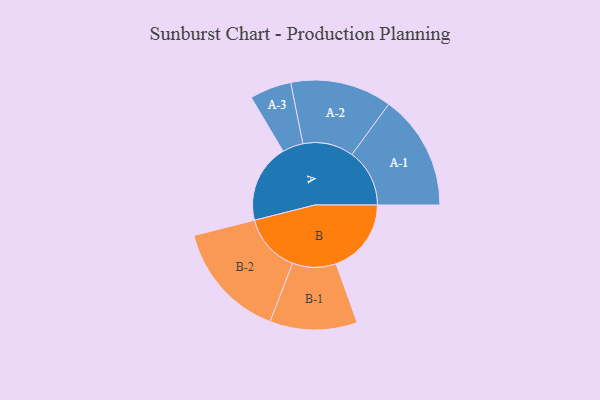
{"axis": {"x": "Segment", "y": "Value"}, "legend": ["", "A", "B"], "data": [{"x": "A", "y": 389, "type": ""}, {"x": "B", "y": 372, "type": ""}, {"x": "A-1", "y": 285, "type": "A"}, {"x": "A-2", "y": 251, "type": "A"}, {"x": "A-3", "y": 103, "type": "A"}, {"x": "B-1", "y": 216, "type": "B"}, {"x": "B-2", "y": 290, "type": "B"}]}